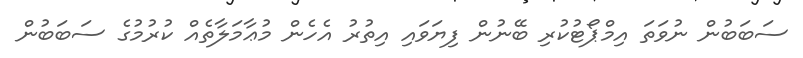
ސަބަބުން ނުވަތަ އިމްޕޯޓުކުރި ބޭނުން ފިޔަވައި އިތުރު އެހެން މުޢާމަލާތެއް ކުރުމުގެ ސަބަބުން